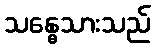
သန္ဓေသားသည်